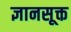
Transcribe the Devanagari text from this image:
ज्ञानसूक्त